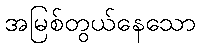
အမြစ်တွယ်နေသော